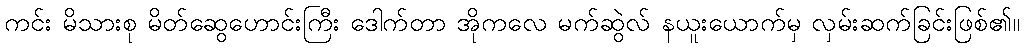
ကင်း မိသားစု မိတ်ဆွေဟောင်းကြီး ဒေါက်တာ အိုကလေ မက်ဆွဲလ် နယူးယောက်မှ လှမ်းဆက်ခြင်းဖြစ်၏။